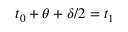
t _ { 0 } + \theta + \delta / 2 = t _ { 1 }